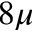
8 \mu